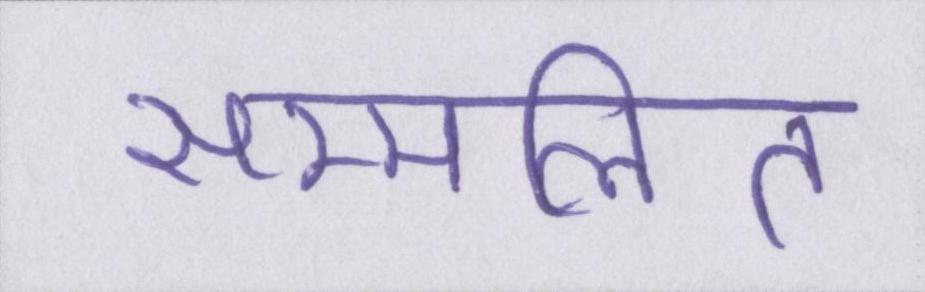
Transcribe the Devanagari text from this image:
सम्मलित